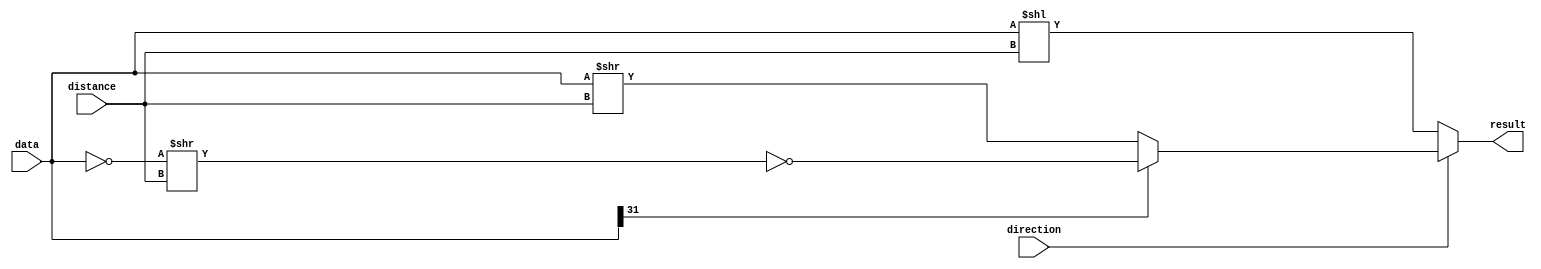
module arithshiftbidir(distance,
                       data,
                       direction,
                       result);

   parameter             lpm_type = "LPM_CLSHIFT";
   parameter             lpm_shifttype = "ARITHMETIC";
   parameter             lpm_width = 32;
   parameter             lpm_widthdist = 5;
   
   input  wire [lpm_widthdist-1:0] distance;
   input  signed [lpm_width-1    :0] data;
   input  wire                     direction;
   output wire [lpm_width-1    :0] result;

   wire   [lpm_width-1    :0] lsh    = data << distance;
   wire   [lpm_width-1    :0] rsh    = data >> distance;
   wire   [lpm_width-1    :0] rshN   = ~(~data >> distance);
   wire   [lpm_width-1    :0] arsh   = data[lpm_width-1] ? rshN : rsh;
   assign                     result = direction ? arsh : lsh;
   
endmodule